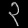
Digit: ၃